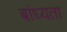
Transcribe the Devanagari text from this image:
बांध्यता